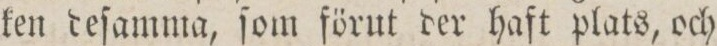
ken deſamma, ſom förut der haft plats, och